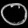
Digit: ၀